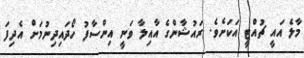
މާލެ އައީ ޗުއްޓީ އަކަށެވެ. ރައުޝާންގެ އާއިލާ ވަނީ އިންސާފު ހޯދައިދިނުމަށް އެދިފަ